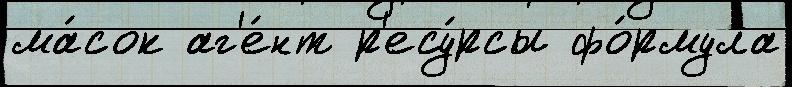
ма́сок аг'е́нт р'есу́рсы фо́рмула